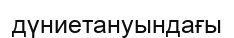
дүниетануындағы